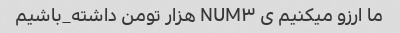
ما ارزو میکنیم ی NUM۳ هزار تومن داشته_باشیم